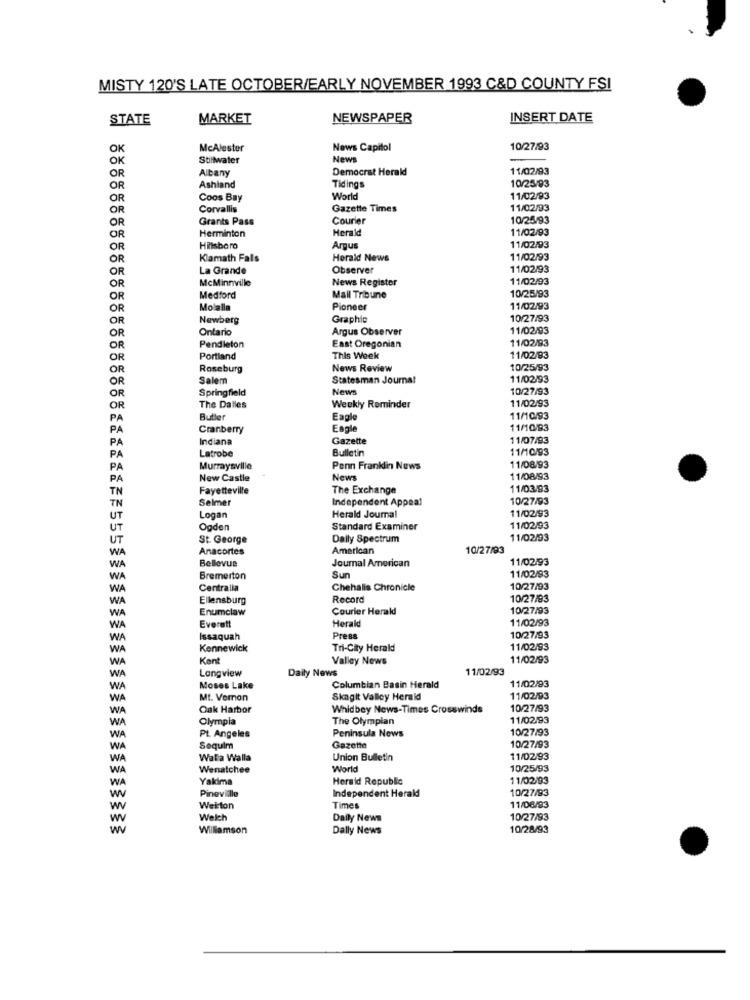
MISTY 120'S LATE OCTOBER/EARLY NOVEMBER 1993 C&D COUNTY FSI
STATE
MARKET
NEWSPAPER
INSERT DATE
OK
McAlester
News Capitol
10/27/93
OK
Stillwater
News
Albany
Democrat Herald
11/02/93
OR
OR
Ashland
Tidings
10/25/93
OR
Coos Bay
World
11/02/93
OR
Corvallis
Gazette Times
11/02/93
OR
Grants Pass
Courier
10/25/93
OR
Herminton
Herald
11/02/93
OR
Hillsboro
Argus
11/02/93
OR
Klamath Falls
Herald News
11/02/93
OR
La Grande
Observer
11/02/93
McMinnville
News Register
11/02/93
OR
10/25/93
OR
Medford
Mall Tribune
OR
Molalla
Pioneer
11/02/93
OR
Newberg
Graphic
10/27/93
Ontario
Argus Observer
11/02/93
OR
11/02/93
OR
Pendleton
East Oregonian
OR
Portland
This Week
11/02/93
OR
Roseburg
News Review
10/25/93
OR
Salem
Statesman Journal
11/02/93
Springfield
News
10/27/93
OR
11/02/93
OR
The Dalles
Weekly Reminder
PA
Butler
Eagle
11/10/93
PA
Cranberry
Eagle
11/10/93
PA
Indiana
Gazette
11/07/93
Latrobe
Bulletin
11/10/93
PA
PA
Murraysville
Penn Franklin News
11/08/93
PA
New Castle
News
11/08/93
TN
Fayetteville
The Exchange
11/03/93
Selmer
Independent Appeal
10/27/93
TN
Herald Journal
11/02/93
UT
Logan
UT
Ogden
Standard Examiner
11/02/93
UT
St. George
Daily Spectrum
11/02/93
WA
Anacortes
American
10/27/93
Bellevue
Journal American
11/02/93
WA
11/02/93
WA
Bremerton
Sun
WA
Centralia
Chehalis Chronicle
10/27/93
WA
Ellensburg
Record
10/27/93
Enumclaw
Courier Herald
10/27/93
WA
Herald
11/02/93
WA
Everett
WA
Issaquah
Press
10/27/93
WA
Kennewick
Tri-City Herald
11/02/93
WA
Ken
Valley News
11/02/93
Longview
Daily News
11/02/93
WA
WA
Moses Lake
Columbian Basin Herald
11/02/93
WA
Mt. Vernon
Skagit Valley Herald
11/02/93
WA
Oak Harbor
Whidbey News-Times Crosswinds
10/27/93
WA
Olympia
The Olympian
11/02/93
10/27/93
WA
PL Angeles
Peninsula News
WA
Sequim
Gazette
10/27/93
WA
Walla Walla
Union Bulletin
11/02/93
WA
Wenatchee
World
10/25/93
WA
Yakima
Herald Republic
11/02/93
10/27/93
Pineville
Independent Herald
W
Weirton
Times
11/06/93
Welch
Daily News
10/27/93
w
Williamson
Dally News
10/28/93